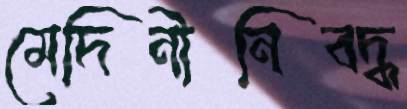
মেদিনীনিবদ্ধ